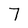
Character: 7